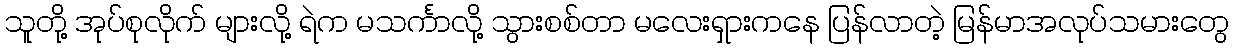
သူတို့ အုပ်စုလိုက် များလို့ ရဲက မသင်္ကာလို့ သွားစစ်တာ မလေးရှားကနေ ပြန်လာတဲ့ မြန်မာအလုပ်သမားတွေ